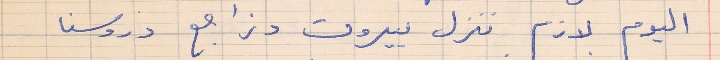
اليوم لازم ننزل بيروت ونراجع دروسنا